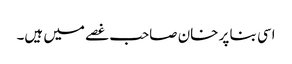
اسی بنا پر خان صاحب غصے میں ہیں۔